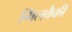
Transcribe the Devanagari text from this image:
मिलवैकी